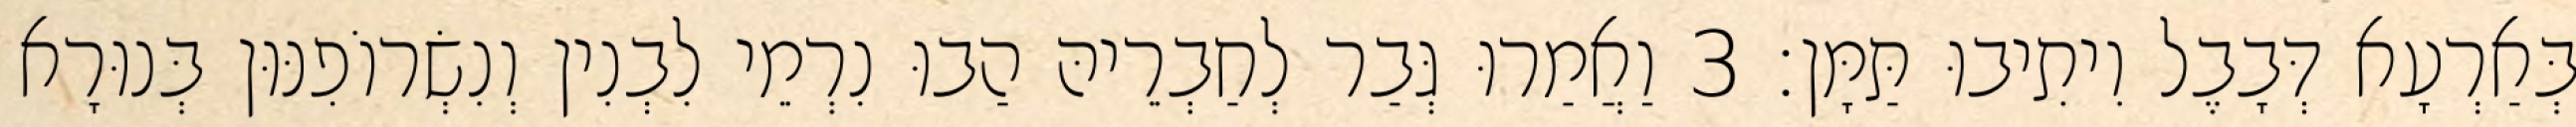
בְּאַרְעָא דְּבָבֶל וִיתִיבוּ תַּמָּן׃ 3 וַאֲמַרוּ גְּבַר לְחַבְרֵיהּ הַבוּ נִרְמֵי לִבְנִין וְנִשְׂרוֹפִנּוּן בְּנוּרָא